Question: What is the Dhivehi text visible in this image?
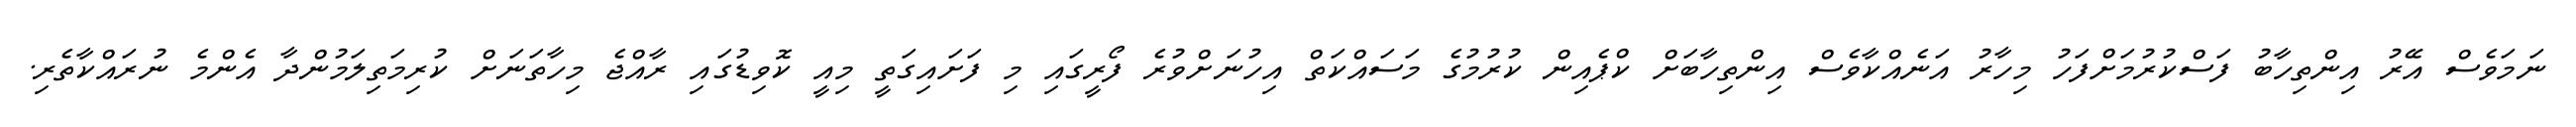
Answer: ނަމަވެސް އޭރު އިންތިހާބު ފަސްކުރުމަށްފަހު މިހާރު އަނެއްކާވެސް އިންތިހާބަށް ކްޕެއިން ކުރުމުގެ މަސައްކަތް އިހުނަށްވުރެ ފޯރީގައި މި ފަށައިގަތީ މިއީ ކޮވިޑުގައި ރާއްޖެ މިހާތަނަށް ކުރިމަތިލަމުންދާ އެންމެ ނުރައްކާތެރި.